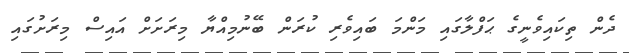
ދެން ތިކައިވެނީގެ ޙަފްލާގައި މަންމަ ބައިވެރި ކުރަން ބޭނުމިއްޔާ މިރަށަށް އައިސް މިރަށުގައި